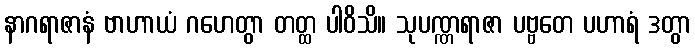
နာဂရာဇာနံ ဗာဟာယံ ဂဟေတွာ တတ္ထ ပါဝိသိ။ သုပဏ္ဏရာဇာ ပဗ္ဗတေ ပဟာရံ ဒတွာ